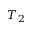
T _ { 2 }